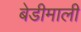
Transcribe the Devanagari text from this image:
बेडीमाली